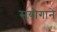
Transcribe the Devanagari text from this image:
संयोगानें